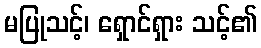
မပြုသင့်၊ ရှောင်ရှား သင့်၏